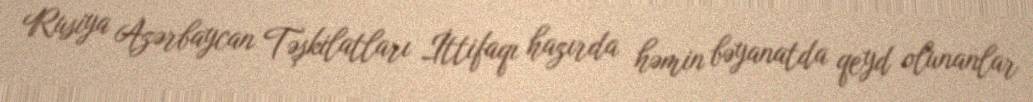
Rusiya Azərbaycan Təşkilatları İttifaqı hazırda həmin bəyanatda qeyd olunanlar